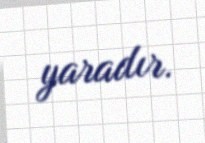
yaradır.